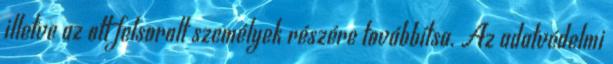
illetve az ott felsorolt személyek részére továbbítsa. Az adatvédelmi